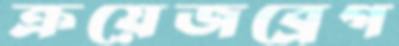
ক্রয়েজব্রেগ